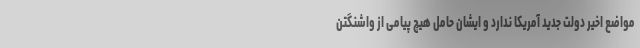
مواضع اخیر دولت جدید آمریکا ندارد و ایشان حامل هیچ پیامی از واشنگتن